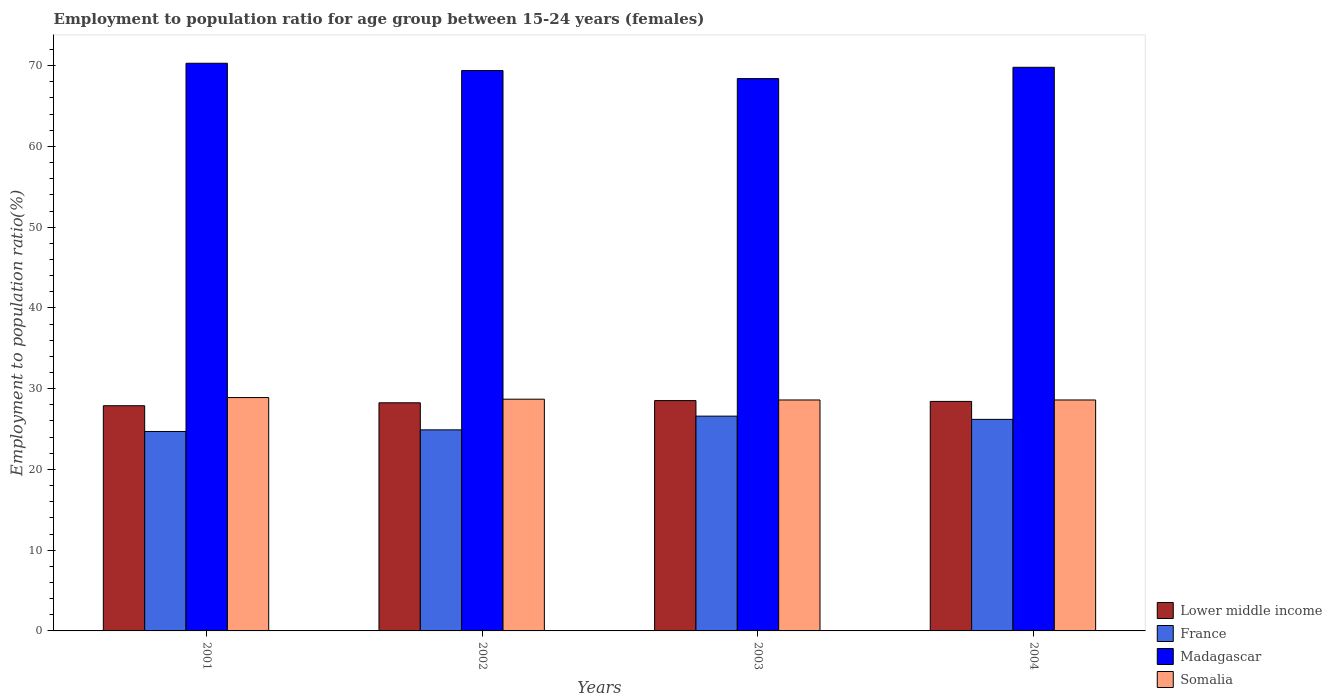
| Years | Lower middle income | France | Madagascar | Somalia |
 | --- | --- | --- | --- | --- |
 | 2001 | 27.9 | 24.7 | 70.3 | 28.9 |
 | 2002 | 28.3 | 24.9 | 69.4 | 28.7 |
 | 2003 | 28.5 | 26.6 | 68.4 | 28.6 |
 | 2004 | 28.4 | 26.2 | 69.8 | 28.6 |